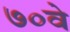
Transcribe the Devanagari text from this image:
७०वे